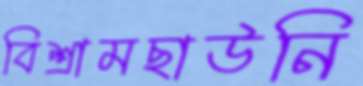
বিশ্রামছাউনি